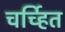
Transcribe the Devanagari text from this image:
चर्च्हित